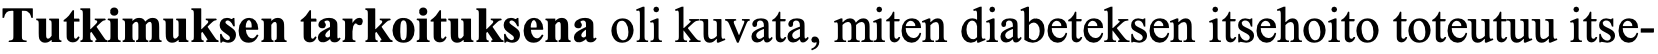
Tutkimuksen tarkoituksena oli kuvata, miten diabeteksen itsehoito toteutuu itse-